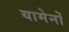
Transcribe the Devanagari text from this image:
यामेनों